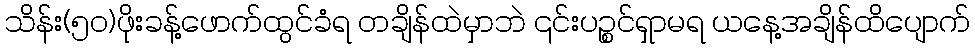
သိန်း(၅၀)ဖိုးခန့်ဖောက်ထွင်ခံရ တချိန်ထဲမှာဘဲ ၎င်းပဉ္စင်ရှာမရ ယနေ့အချိန်ထိပျောက်